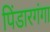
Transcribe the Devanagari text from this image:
पिंडारगंगा